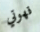
قهوتي